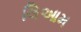
લિઆમ